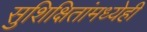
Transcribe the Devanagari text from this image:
सुशिक्षितांमध्येही